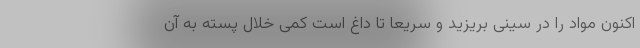
اکنون مواد را در سینی بریزید و سریعا تا داغ است کمی خلال پسته به آن